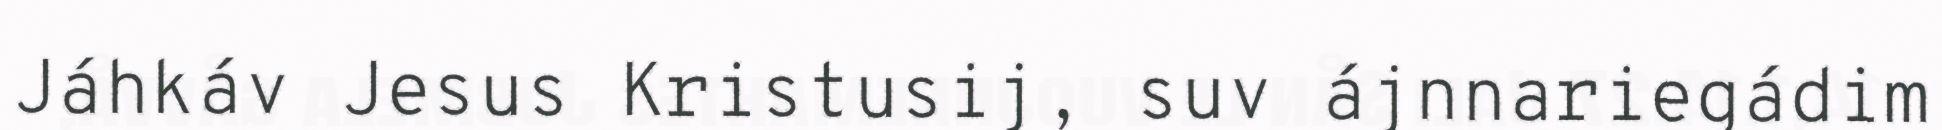
Jáhkáv Jesus Kristusij, suv ájnnariegádim